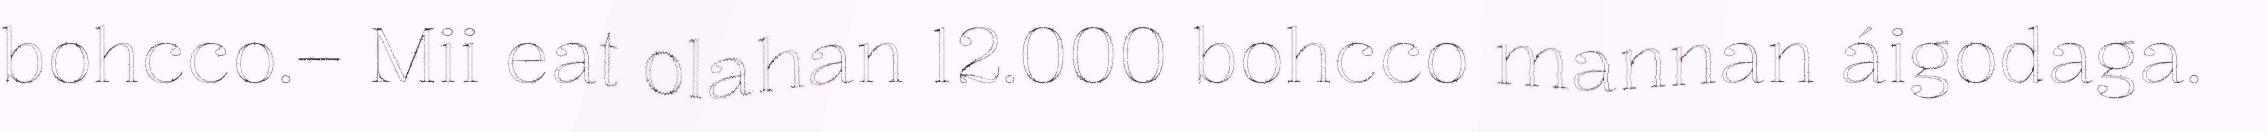
bohcco.– Mii eat olahan 12.000 bohcco mannan áigodaga.